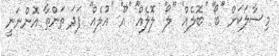
މިސާލަކަށް ''ބޯ'' ''ބޮލެއް'' ''ލޯ'' ލޮލެއް'' ''އޫ'' ''އުލެއް'' ފަދަ ތަންތާ އޮންނަނީ